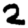
Digit: 2